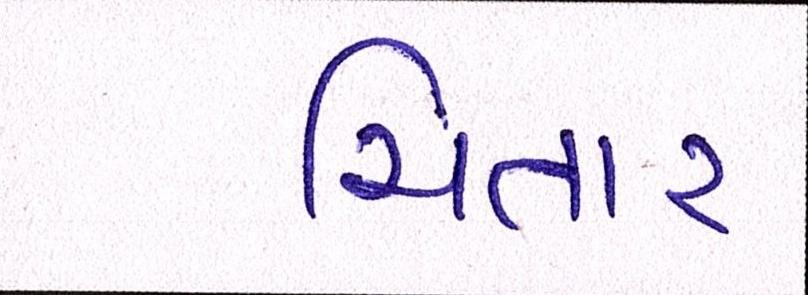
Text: ચિતાર